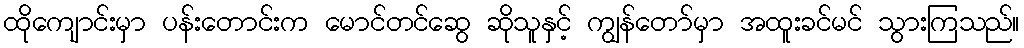
ထိုကျောင်းမှာ ပန်းတောင်းက မောင်တင်ဆွေ ဆိုသူနှင့် ကျွန်တော်မှာ အထူးခင်မင် သွားကြသည်။